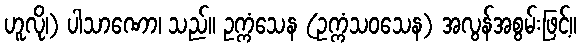
ဟူလို၊) ပါသာဏော၊ သည်။ ဥက္ကံသေန (ဥက္ကံသဝသေန) အလွန်အစွမ်းဖြင့်။